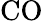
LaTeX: \mathrm{CO}